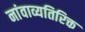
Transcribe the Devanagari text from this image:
नांवाव्यतिरिक्त